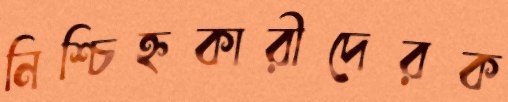
নিশ্চিহ্নকারীদেরক